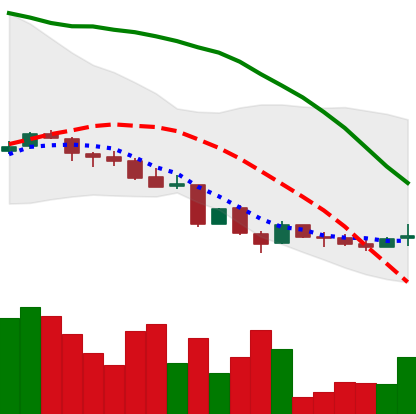
Ticker: LINK-USD
Chart end date: 2018-06-20
Forward return: -20.34%
Label: down_7plus